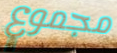
مجموع